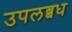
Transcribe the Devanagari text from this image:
उपलब्बध